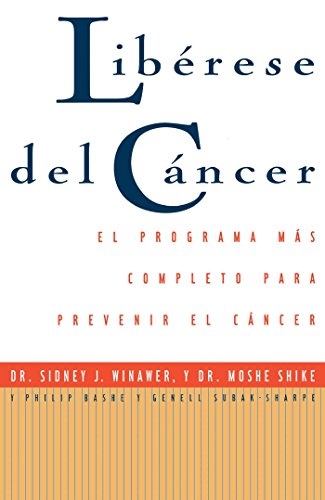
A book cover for Librese Del Cyncer: Cancer Free (Spanish Edition); Sidney J. Winawer; Health, Fitness & Dieting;